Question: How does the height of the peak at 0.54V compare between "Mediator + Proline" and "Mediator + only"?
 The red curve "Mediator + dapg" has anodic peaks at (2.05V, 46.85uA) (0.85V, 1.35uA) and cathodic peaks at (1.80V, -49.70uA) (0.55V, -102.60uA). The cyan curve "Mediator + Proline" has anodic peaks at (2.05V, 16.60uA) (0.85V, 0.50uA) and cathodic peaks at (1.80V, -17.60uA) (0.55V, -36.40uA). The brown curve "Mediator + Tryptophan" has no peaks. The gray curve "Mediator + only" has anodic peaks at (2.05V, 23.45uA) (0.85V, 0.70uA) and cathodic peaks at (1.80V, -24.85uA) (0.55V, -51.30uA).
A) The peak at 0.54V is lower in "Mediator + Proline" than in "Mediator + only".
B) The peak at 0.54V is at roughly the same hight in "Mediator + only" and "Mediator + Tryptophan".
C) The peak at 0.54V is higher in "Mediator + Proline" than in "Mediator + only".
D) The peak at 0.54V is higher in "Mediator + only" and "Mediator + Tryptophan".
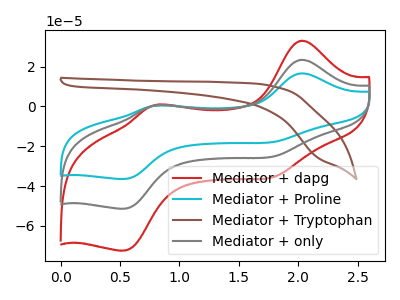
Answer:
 <answer>A) The peak at 0.54V is lower in "Mediator + Proline" than in "Mediator + only".</answer>
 <eval>A</eval>